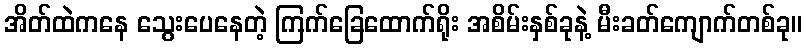
အိတ်ထဲကနေ သွေးပေနေတဲ့ ကြက်ခြေထောက်ရိုး အစိမ်းနှစ်ခုနဲ့ မီးခတ်ကျောက်တစ်ခု။